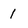
Character: 1